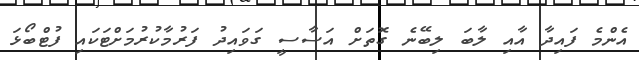
އެންމެ ފައިދާ އާއި ލާބަ ލިބޭނެ ގޮތަށް އަސާސީ ގަވައިދު ފަރުމާކުރުމަށްޓަކައި ފުޓްބޯޅަ